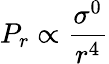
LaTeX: P_{r}\propto\frac{\sigma^{0}}{r^{4}}